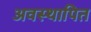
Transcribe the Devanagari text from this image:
अवस्थापित